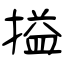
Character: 搤